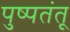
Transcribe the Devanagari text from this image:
पुष्पतंतू